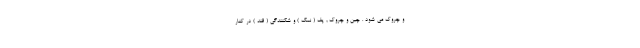
و چروک می شود . چین و چروک , پف ( نمک ) و شکنندگی ( قند ) در کنار